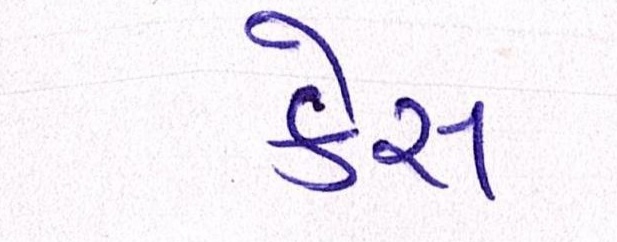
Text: કેસ